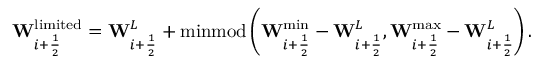
\mathbf { W } _ { i + \frac { 1 } { 2 } } ^ { \mathrm { l i m i t e d } } = \mathbf { W } _ { i + \frac { 1 } { 2 } } ^ { L } + \operatorname { m i n m o d } \left( \mathbf { W } _ { i + \frac { 1 } { 2 } } ^ { \operatorname* { m i n } } - \mathbf { W } _ { i + \frac { 1 } { 2 } } ^ { L } , \mathbf { W } _ { i + \frac { 1 } { 2 } } ^ { \operatorname* { m a x } } - \mathbf { W } _ { i + \frac { 1 } { 2 } } ^ { L } \right) .